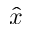
\hat { x }